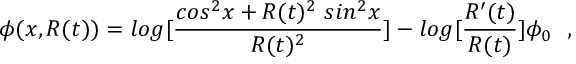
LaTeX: \phi ( x , R ( t ) ) = l o g [ \frac { c o s ^ { 2 } x + R ( t ) ^ { 2 } ~ s i n ^ { 2 } x } { R ( t ) ^ { 2 } } ] - l o g [ { \frac { R ^ { \prime } ( t ) } { R ( t ) } } ] \phi _ { 0 } ~ ~ ,